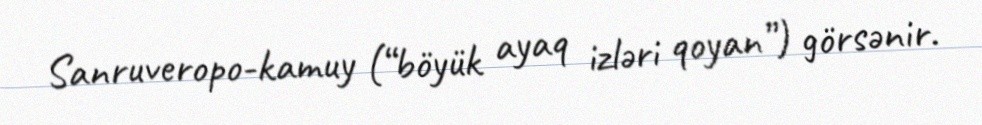
Sanruveropo-kamuy (“böyük ayaq izləri qoyan”) görsənir.